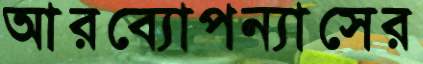
আরব্যোপন্যাসের